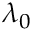
\lambda _ { 0 }